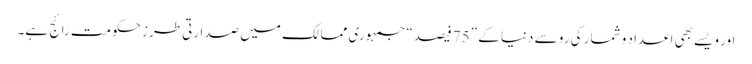
اور ویسے بھی اعداد و شمار کی رو سے دنیا کے ”75 فیصد“ جمہوری ممالک میں صدارتی طرز حکومت رائج ہے۔